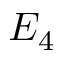
E _ { 4 }